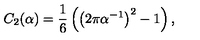
C _ { 2 } ( \alpha ) = \frac 1 6 \left( \left( 2 \pi \alpha ^ { - 1 } \right) ^ { 2 } - 1 \right) ,